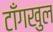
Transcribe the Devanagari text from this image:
टाँगखुल